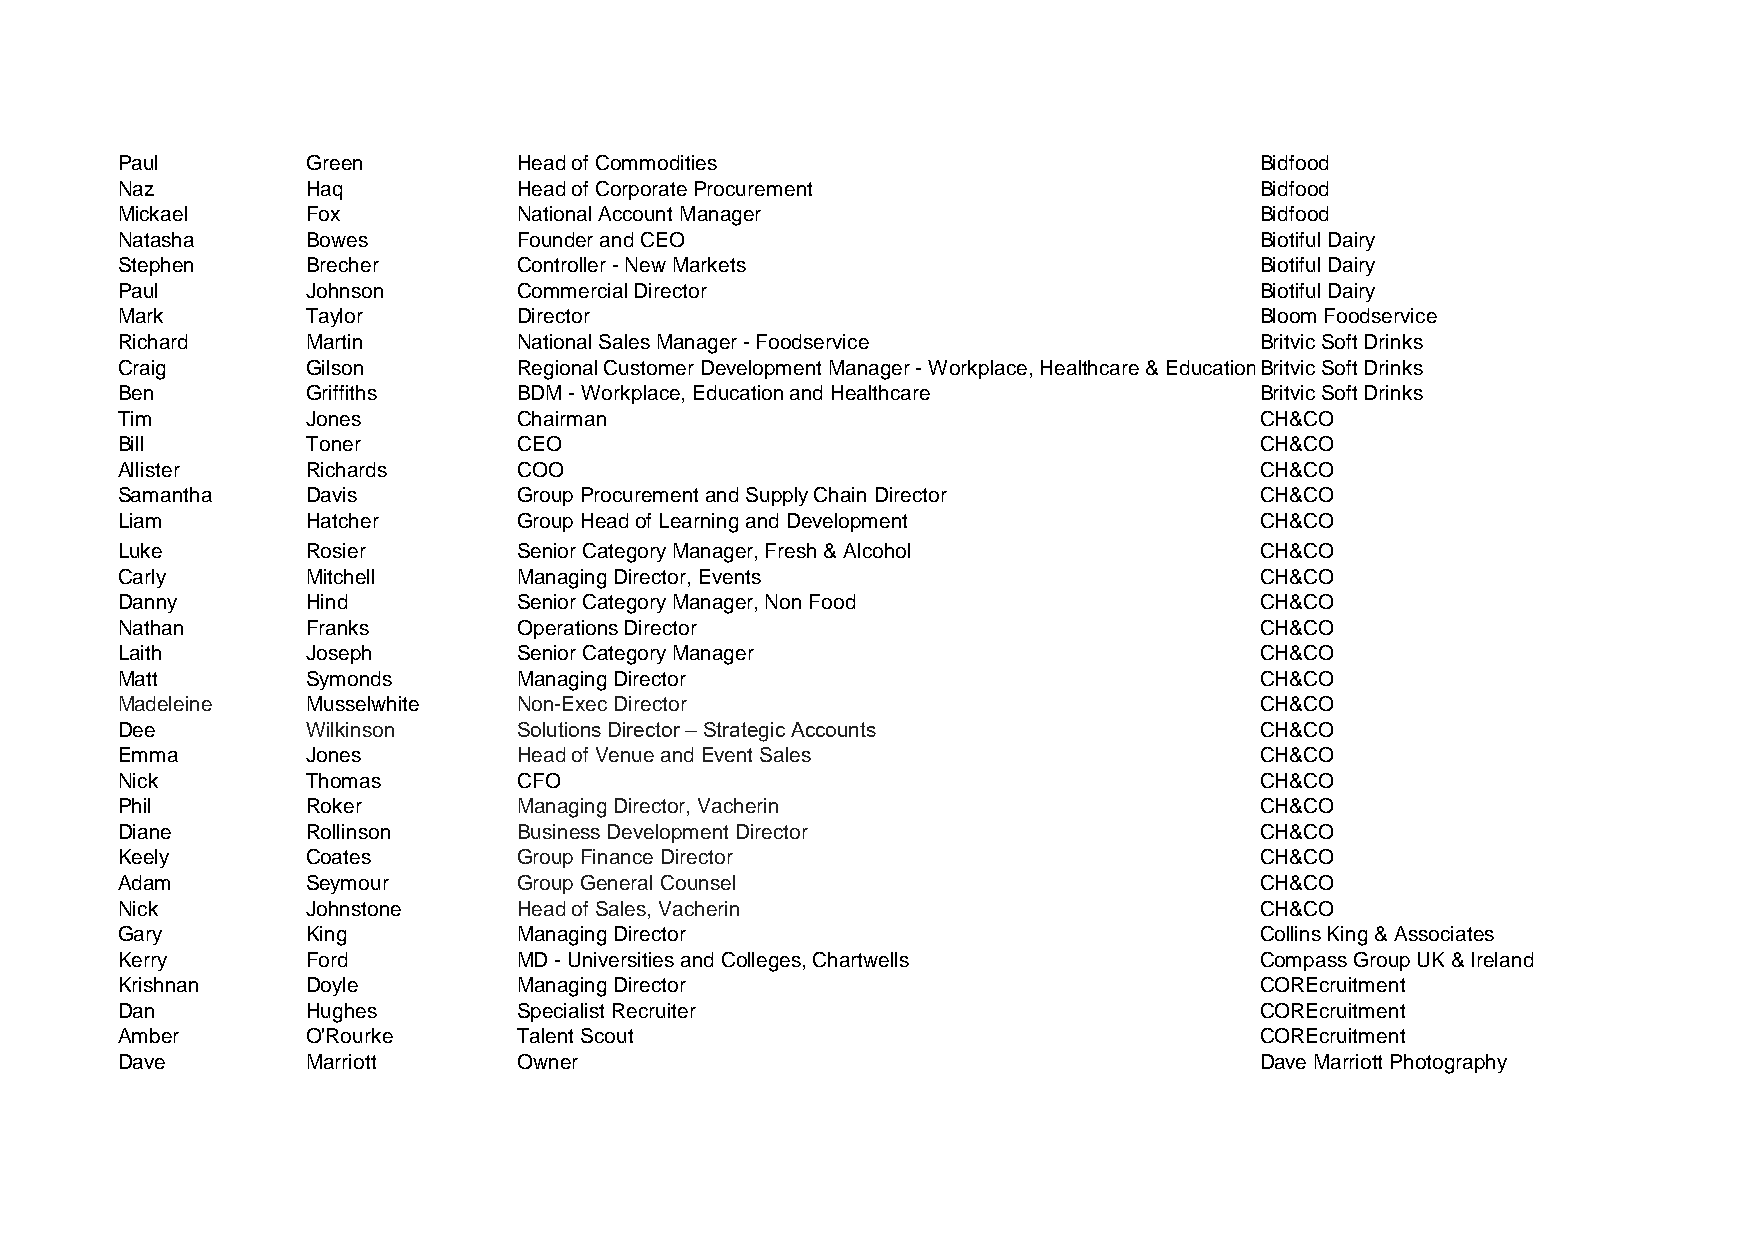
Paul        Green         Head of Commodities                              Bidfood
 Naz         Haq           Head of Corporate Procurement                    Bidfood
 Mickael     Fox           National Account Manager                         Bidfood
 Natasha     Bowes         Founder and CEO                                  Biotiful Dairy
 Stephen     Brecher       Controller - New Markets                         Biotiful Dairy
 Paul        Johnson       Commercial Director                              Biotiful Dairy
 Mark        Taylor        Director                                         Bloom Foodservice
 Richard     Martin        National Sales Manager - Foodservice             Britvic Soft Drinks
 Craig       Gilson        Regional Customer Development Manager - Workplace, Healthcare & EducationBritvic Soft Drinks
 Ben         Griffiths     BDM - Workplace, Education and Healthcare        Britvic Soft Drinks
 Tim         Jones         Chairman                                         CH&CO
 Bill        Toner         CEO                                              CH&CO
 Allister    Richards      COO                                              CH&CO
 Samantha    Davis         Group Procurement and Supply Chain Director      CH&CO
 Liam        Hatcher       Group Head of Learning and Development           CH&CO
 Luke        Rosier        Senior Category Manager, Fresh & Alcohol         CH&CO
 Carly       Mitchell      Managing Director, Events                        CH&CO
 Danny       Hind          Senior Category Manager, Non Food                CH&CO
 Nathan      Franks        Operations Director                              CH&CO
 Laith       Joseph        Senior Category Manager                          CH&CO
 Matt        Symonds       Managing Director                                CH&CO
 Madeleine   Musselwhite   Non-Exec Director                                CH&CO
 Dee         Wilkinson     Solutions Director – Strategic Accounts          CH&CO
 Emma        Jones         Head of Venue and Event Sales                    CH&CO
 Nick        Thomas        CFO                                              CH&CO
 Phil        Roker         Managing Director, Vacherin                      CH&CO
 Diane       Rollinson     Business Development Director                    CH&CO
 Keely       Coates        Group Finance Director                           CH&CO
 Adam        Seymour       Group General Counsel                            CH&CO
 Nick        Johnstone     Head of Sales, Vacherin                          CH&CO
 Gary        King          Managing Director                                Collins King & Associates
 Kerry       Ford          MD - Universities and Colleges, Chartwells       Compass Group UK & Ireland
 Krishnan    Doyle         Managing Director                                COREcruitment
 Dan         Hughes        Specialist Recruiter                             COREcruitment
 Amber       O'Rourke      Talent Scout                                     COREcruitment
 Dave        Marriott      Owner                                            Dave Marriott Photography